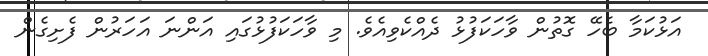
އަޅުކަމާ ބެހޭ ގޮތުން ވާހަކަފުޅު ދެއްކެވިއެވެ. މި ވާހަކަފުޅުގައި އަންނަ އަހަރުން ފެށިގެން